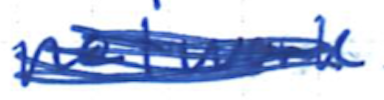
Text: network
Cross-out: scratch
Writing tool: ballpoint